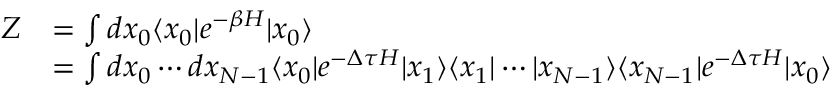
\begin{array} { r l } { Z } & { = \int d x _ { 0 } \langle x _ { 0 } | e ^ { - \beta H } | x _ { 0 } \rangle } \\ & { = \int d x _ { 0 } \cdots d x _ { N - 1 } \langle x _ { 0 } | e ^ { - \Delta \tau H } | x _ { 1 } \rangle \langle x _ { 1 } | \cdots | x _ { N - 1 } \rangle \langle x _ { N - 1 } | e ^ { - \Delta \tau H } | x _ { 0 } \rangle } \end{array}